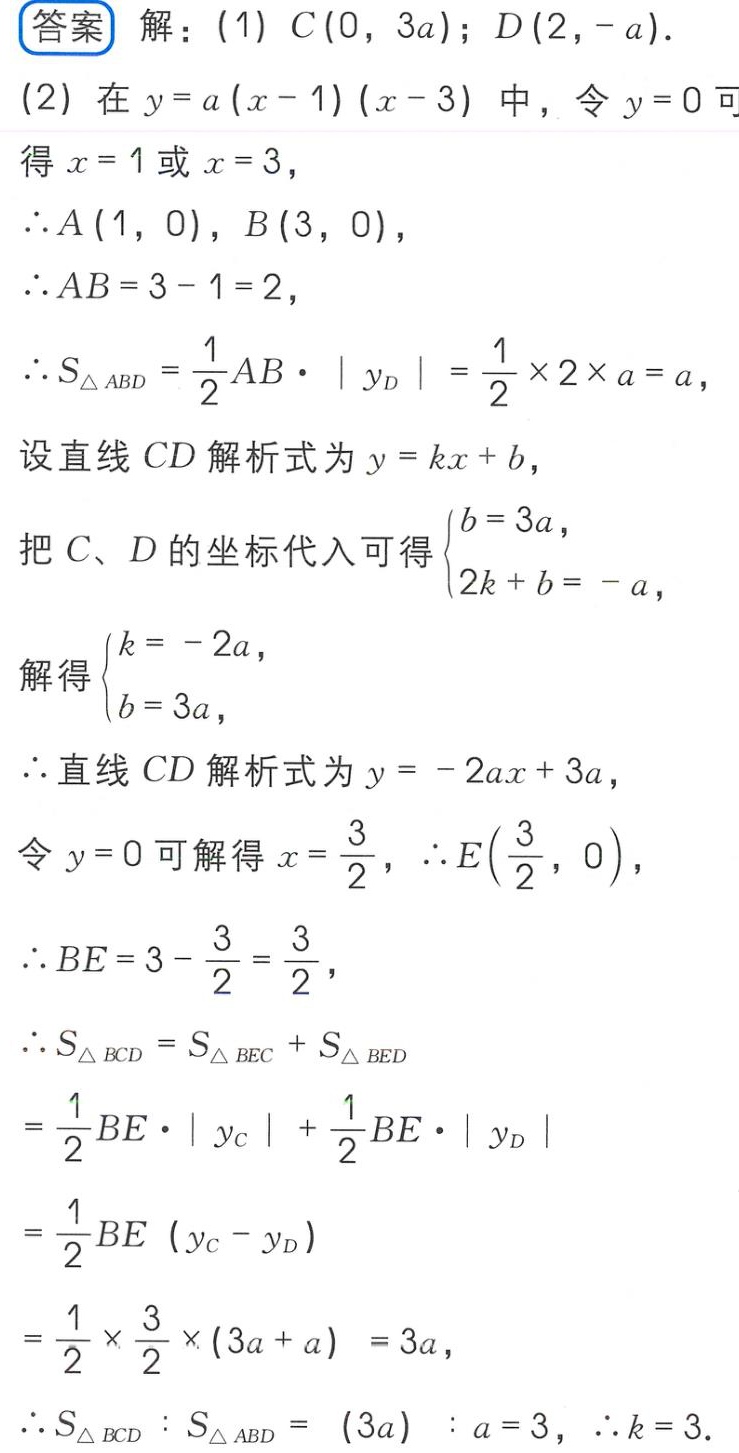
答案 解：(1) \(C(0,3a)\); \(D(2, -a)\).
(2) 在 \(y = a(x - 1)(x - 3)\) 中，令 \(y = 0\) 可得 \(x = 1\) 或 \(x = 3\)，
\(\therefore A(1,0)\)，\(B(3,0)\)，
\(\therefore AB=3 - 1 = 2\)，
\(\therefore S_{\triangle ABD}=\frac{1}{2}AB\cdot|y_D|=\frac{1}{2}\times2\times a = a\)，
设直线 \(CD\) 解析式为 \(y = kx + b\)，
把 \(C\)、\(D\) 的坐标代入可得 \(\begin{cases}b = 3a,\\2k + b = -a,\end{cases}\)
解得 \(\begin{cases}k = -2a,\\b = 3a,\end{cases}\)
\(\therefore\) 直线 \(CD\) 解析式为 \(y = -2ax + 3a\)，
令 \(y = 0\) 可解得 \(x=\frac{3}{2}\)，\(\therefore E(\frac{3}{2},0)\)，
\(\therefore BE = 3-\frac{3}{2}=\frac{3}{2}\)，
\(\therefore S_{\triangle BCD}=S_{\triangle BEC}+S_{\triangle BED}\)
\(=\frac{1}{2}BE\cdot|y_C|+\frac{1}{2}BE\cdot|y_D|\)
\(=\frac{1}{2}BE(y_C - y_D)\)
\(=\frac{1}{2}\times\frac{3}{2}\times(3a + a)=3a\)，
\(\therefore S_{\triangle BCD}:S_{\triangle ABD}=(3a):a = 3\)，\(\therefore k = 3\).